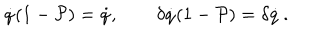
\dot { q } ( 1 - \mathcal { P } ) = \dot { q } , \qquad \delta \dot { q } ( 1 - \mathcal { P } ) = \delta \dot { q } \, .